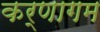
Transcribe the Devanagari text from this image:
कर्णागम